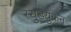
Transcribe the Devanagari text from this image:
स्युडयुक्रेन